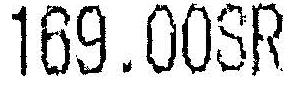
169.00SR